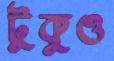
টুকুও